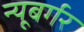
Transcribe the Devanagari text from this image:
न्यूबर्गर